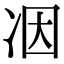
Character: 𠗃